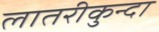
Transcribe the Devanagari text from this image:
लातरीकुन्दा